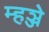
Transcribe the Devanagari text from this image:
म्हञ्जे